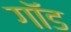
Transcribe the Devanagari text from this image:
गाॅड